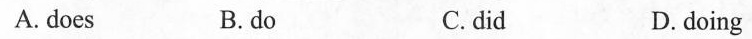
A. does B. do C. did D.doing